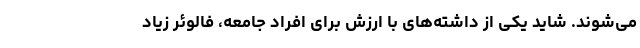
می‌شوند. شاید یکی از داشته‌های با ارزش برای افراد جامعه، فالوئر زیاد